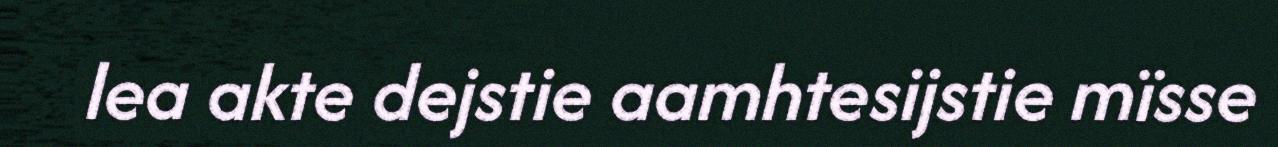
lea akte dejstie aamhtesijstie mïsse